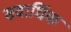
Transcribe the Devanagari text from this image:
सवार्धिक